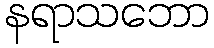
နရာသဘော